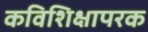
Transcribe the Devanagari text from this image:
कविशिक्षापरक